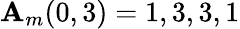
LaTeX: \mathbf{A}_{m}(0,3)=1,3,3,1